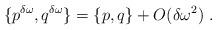
LaTeX: \begin{align*}\{p^{\delta \omega},q^{\delta\omega}\}=\{p,q\}+O(\delta\omega ^2)\ .\end{align*}